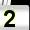
Digit: 2